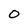
Character: O